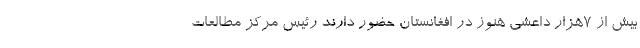
بیش از ۷هزار داعشی هنوز در افغانستان حضور دارند رئیس مرکز مطالعات